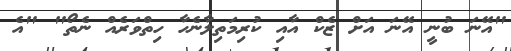
"އޭނަ ބުނީ އޭނަ އަށް ޒެކް އާއި ކުރިމަތިލާނެހާ ހިތްވަރެއް ނެތޯ" "އެ